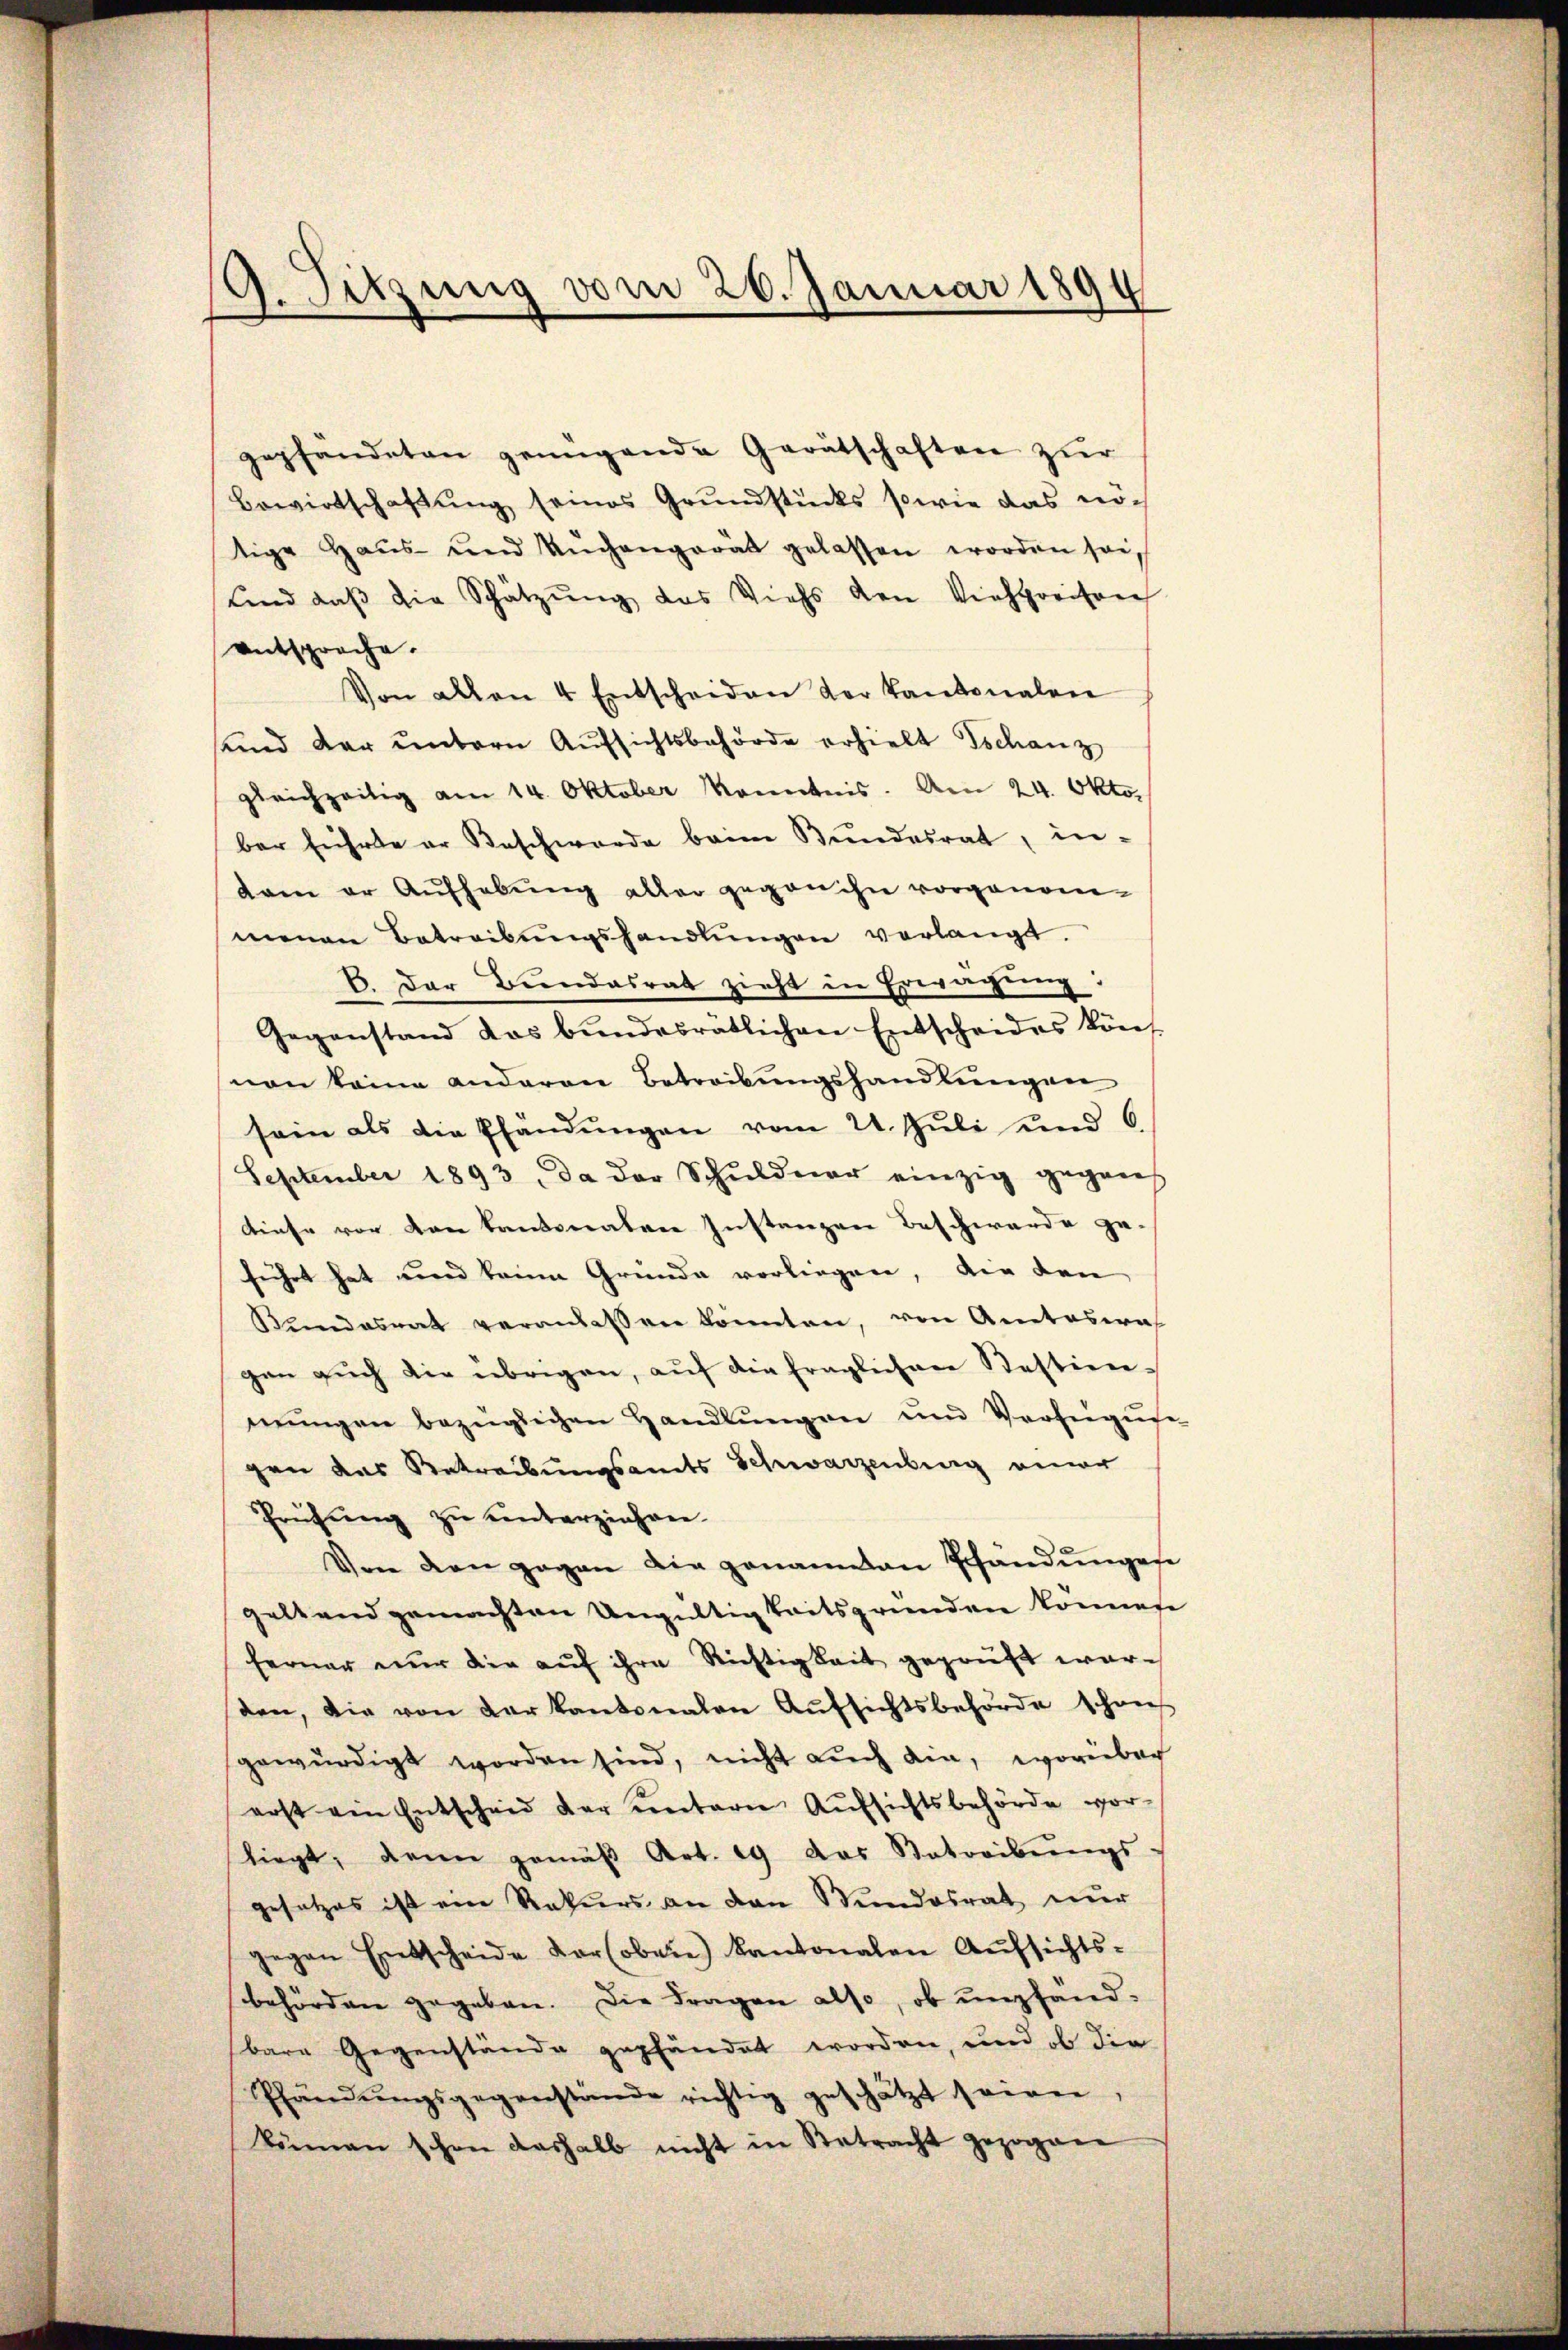
9. Sitzung vom 26. Januar 1894

gepfändeten genügende Gerätschaften zur
Bewirtschaffung seines Grundstücks sowie das nötige Haŭs- und Nŭgangerät gelassen worden sei,
ŭnd daβ die Schätzŭng das Viehs den Viehpreisere
entsproche.
Von allen 4 Entscheiden der Kantonalen
sund der untern Aufsichtsbehörde erhielt Tschanz
gleichzeitig am 14. Oktober konntnis. Am 24. Okto
ber führte er Beschwerde beim Bŭndesrat, in-
dam er Aŭfhebŭng aller gegen ihn vorgenom-
menen Betreibŭngshandlŭngen verlangt.
B. Der Bundesrat zieht in Erwägung
Gegenstand das bundesrätlichen Entscheides könf
von keine anderen Betreibungshandlungen
sein als die Pfändŭngen vom 21. Jŭli und 6
September 1893, da der Schŭldner einzig gegen
diese vor den kantonalen Instanzen Beschwerde ge-
führt hat und keine Grunde vorliegen, die den
Bŭndesrat veranlassen könnten, von Antoswas
gen such die übrigen, auf die fraglichen Bestien-
mŭngen bezüglichen Handlŭngen und Verfügŭn
gen das Betreibungsamts Schwarzenburg einer
Prüfŭng zu unterziehen.
Von den gegen die genannten Pfändungese
geltend gemachten Ungültigkeitsgründen könnete
ferner nur die auf ihre Richtigkeit geprüft warden, die von der kantonalen Aŭfsichtsbehörde schon
gewürdigt worden sind, nicht auch die, worüber
erst ein Entscheid der untern Aufsichtsbehörde vor-
liegt, dann gemäβ Art. 19 das Betreibŭngs-
gesetzes ist ein Rekurs an den Stundesrat nur
gegen Entscheide der (oben) Kantonalen Aufsichts-
behörden gegeben. Die Fragen also, ob empfänd-
bare Gegenstände gepfändet worden, und ob die
Phändŭngsgegenstände richtig geschätzt seinen.
küman schon deshalb nicht in Betracht gezogene